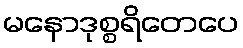
မနောဒုစ္စရိတေပေ